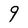
Character: 9